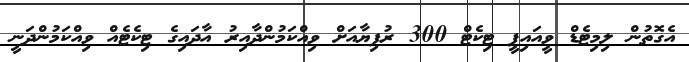
އެގޮތުން ލިމިޓެޑް ވީއައިޕީ ޓިކެޓް 300 ރުފިޔާއަށް ވިއްކަމުންދާއިރު އާދައިގެ ޓިކެޓެއް ވިއްކަމުންދަނީ